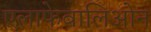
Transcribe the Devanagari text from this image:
एलाफेबालिओन